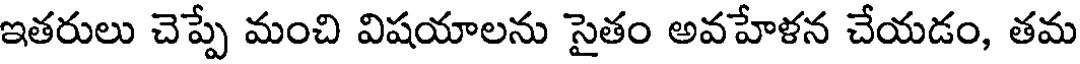
ఇతరులు చెప్పే మంచి విషయాలను సైతం అవహేళన చేయడం, తమ